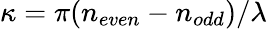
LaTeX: \kappa=\pi(n_{even}-n_{odd})/\lambda